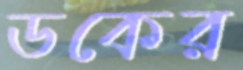
ডকের